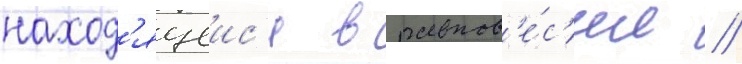
наход'ящеис'я в равнов'е́с'ии //